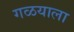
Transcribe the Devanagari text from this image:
गळयाला